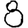
Digit: 8